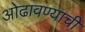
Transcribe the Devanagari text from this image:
ओढावण्याची